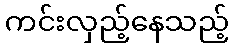
ကင်းလှည့်နေသည့်